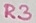
Text: R3